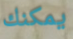
يمكنك